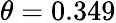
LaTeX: \theta=0.349